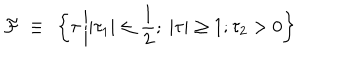
LaTeX: { \cal F } ~ \equiv ~ \left\{ \tau \left| | \tau _ { 1 } | \leq \frac { 1 } { 2 } ; ~ \vert \tau \vert \geq 1 ; \tau _ { 2 } > 0 \right. \right\}